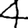
Digit: 4